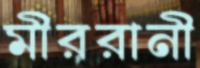
মীররানী